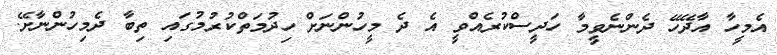
އެމީހާ އާދޭހޭ ދެންނެވީމާ ހަދީސްކުރެއްވީ އެ ދެ މީހުންނަށް ހިދުމަތްކުރުމުގައި ތިބާ ދެމިހުންނާށޭ.